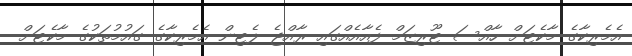
އެމެރިކާގެ މާކެޓަށް ހާއްސަ ޓޫރިޒަމް ފެއާއެއްގައި ރާއްޖެ ލެޓިން އެމެރިކާގެ ގައުމުތަކުގެ މާކެޓަށް